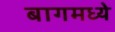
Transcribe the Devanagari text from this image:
बागमध्ये